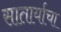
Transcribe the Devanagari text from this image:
सातार्याचा